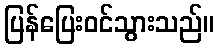
ပြန်ပြေးဝင်သွားသည်။